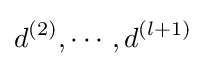
d^{(2)},\cdots ,d^{(l+1)}